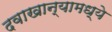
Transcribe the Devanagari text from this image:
दवाखान्यामध्ये